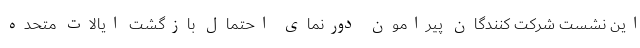
این نشست شرکت کنندگان پیرامون دورنمای احتمال بازگشت ایالات متحده